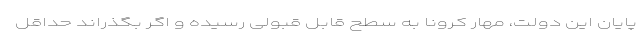
پایان این دولت، مهار کرونا به سطح قابل قبولی رسیده و اگر بگذراند حداقل